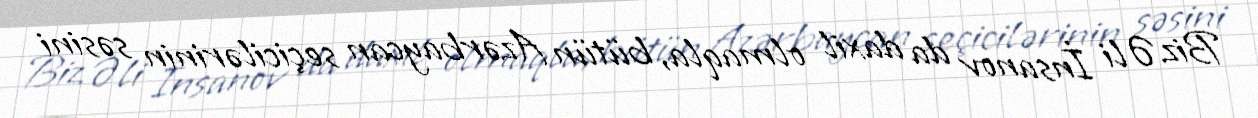
Biz Əli İnsanov da daxil olmaqla, bütün Azərbaycan seçicilərinin səsini